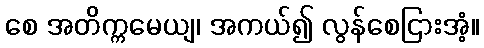
စေ အတိက္ကမေယျ၊ အကယ်၍ လွန်စေငြားအံ့။